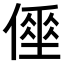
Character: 𠍮